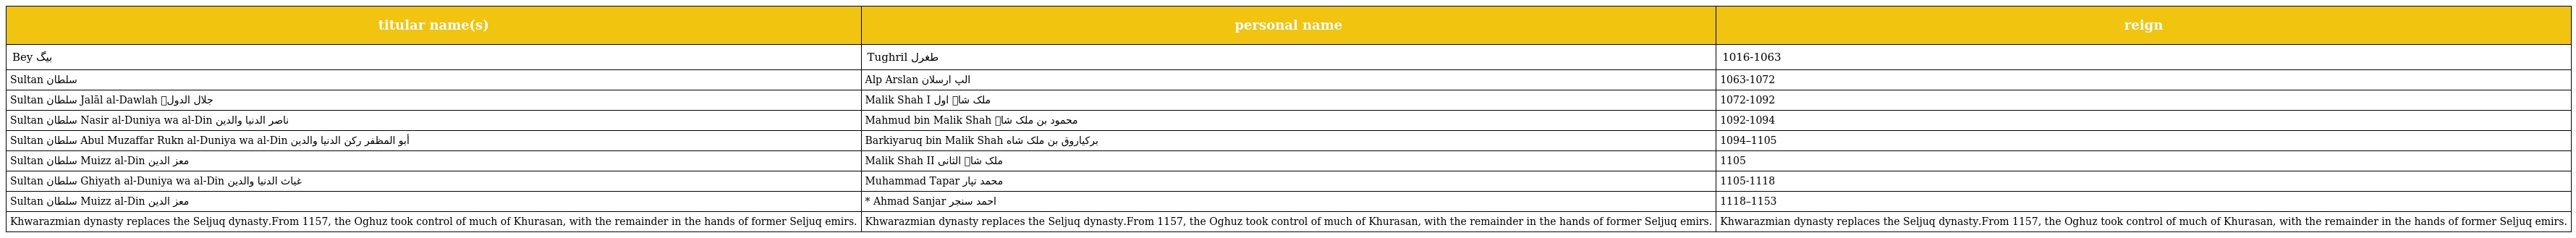
| titular name(s) | personal name | reign |
 | --- | --- | --- |
 | Bey بیگ | Tughril طغرل | 1016-1063 |
 | Sultan سلطان | Alp Arslan الپ ارسلان | 1063-1072 |
 | Sultan سلطان Jalāl al-Dawlah جلال الدولہ | Malik Shah I ملک شاہ اول | 1072-1092 |
 | Sultan سلطان Nasir al-Duniya wa al-Din ناصر الدنیا والدین | Mahmud bin Malik Shah محمود بن ملک شاہ | 1092-1094 |
 | Sultan سلطان Abul Muzaffar Rukn al-Duniya wa al-Din أبو المظفر رکن الدنیا والدین | Barkiyaruq bin Malik Shah برکیاروق بن ملک شاه | 1094–1105 |
 | Sultan سلطان Muizz al-Din معز الدین | Malik Shah II ملک شاہ الثانی | 1105 |
 | Sultan سلطان Ghiyath al-Duniya wa al-Din غیاث الدنیا والدین | Muhammad Tapar محمد تپار | 1105-1118 |
 | Sultan سلطان Muizz al-Din معز الدین | * Ahmad Sanjar احمد سنجر | 1118–1153 |
 | Khwarazmian dynasty replaces the Seljuq dynasty.From 1157, the Oghuz took control of much of Khurasan, with the remainder in the hands of former Seljuq emirs. | Khwarazmian dynasty replaces the Seljuq dynasty.From 1157, the Oghuz took control of much of Khurasan, with the remainder in the hands of former Seljuq emirs. | Khwarazmian dynasty replaces the Seljuq dynasty.From 1157, the Oghuz took control of much of Khurasan, with the remainder in the hands of former Seljuq emirs. |